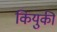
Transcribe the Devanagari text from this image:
कियुकी